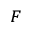
_ F